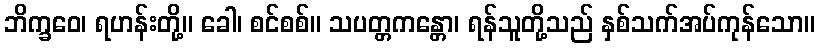
ဘိက္ခဝေ၊ ရဟန်းတို့။ ခေါ၊ စင်စစ်။ သပတ္တကန္တော၊ ရန်သူတို့သည် နှစ်သက်အပ်ကုန်သော။